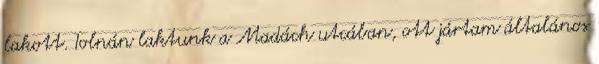
lakott. Tolnán laktunk a Madách utcában, ott jártam általános